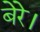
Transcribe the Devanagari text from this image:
बेरे।